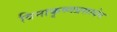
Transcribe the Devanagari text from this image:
विनाकृष्णप्रसादेन